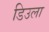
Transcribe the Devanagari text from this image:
डिउला